画像に写った文字を読んでください
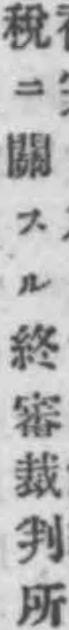
「稅ニ關スル終審裁判所」と書いてあります